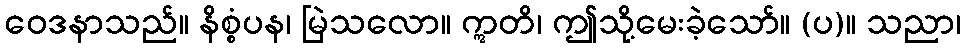
ဝေဒနာသည်။ နိစ္စံပန၊ မြဲသလော။ ဣတိ၊ ဤသို့မေးခဲ့သော်။ (ပ)။ သညာ၊